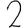
Digit: 2